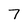
Character: 7